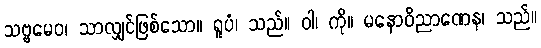
သဗ္ဗမေဝ၊ သာလျှင်ဖြစ်သော။ ရူပံ၊ သည်။ ဝါ၊ ကို။ မနောဝိညာဏေန၊ သည်။